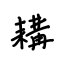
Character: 耩